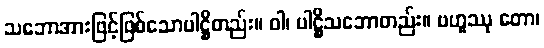
သဘောအားဖြင့်ဖြစ်သောပါဋ္ဌိတည်း။ ဝါ၊ ပါဋ္ဌိသဘောတည်း။ ဗဟူဿု တော၊